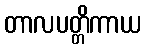
တာလပတ္တိကာယ